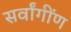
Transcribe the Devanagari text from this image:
सर्वांगींण